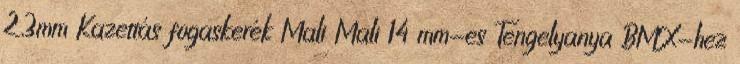
2,3mm Kazettás fogaskerék Mali Mali 14 mm-es Tengelyanya BMX-hez